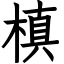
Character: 槙